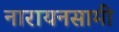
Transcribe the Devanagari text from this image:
नारायनसामी